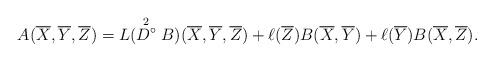
LaTeX: \begin{align*} A(\overline{X},\overline{Y},\overline{Z}) = L(\stackrel{2}{D^{\circ}}B)(\overline{X}, \overline{Y}, \overline{Z})+ \ell(\overline{Z})B(\overline{X}, \overline{Y})+\ell(\overline{Y})B(\overline{X}, \overline{Z}).\end{align*}